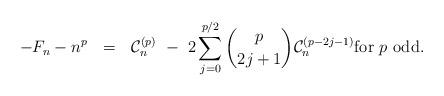
LaTeX: \begin{align*} - F_n - n^p \ \ = \ \ \mathcal{C}_n^{(p)} \ - \ 2\sum_{j=0}^{p/2} \binom{p}{2j+1} \mathcal{C}_n^{(p-2j-1)} \mbox{for $p$ odd}.\end{align*}